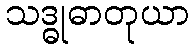
သဒ္ဓုဓာတုယာ